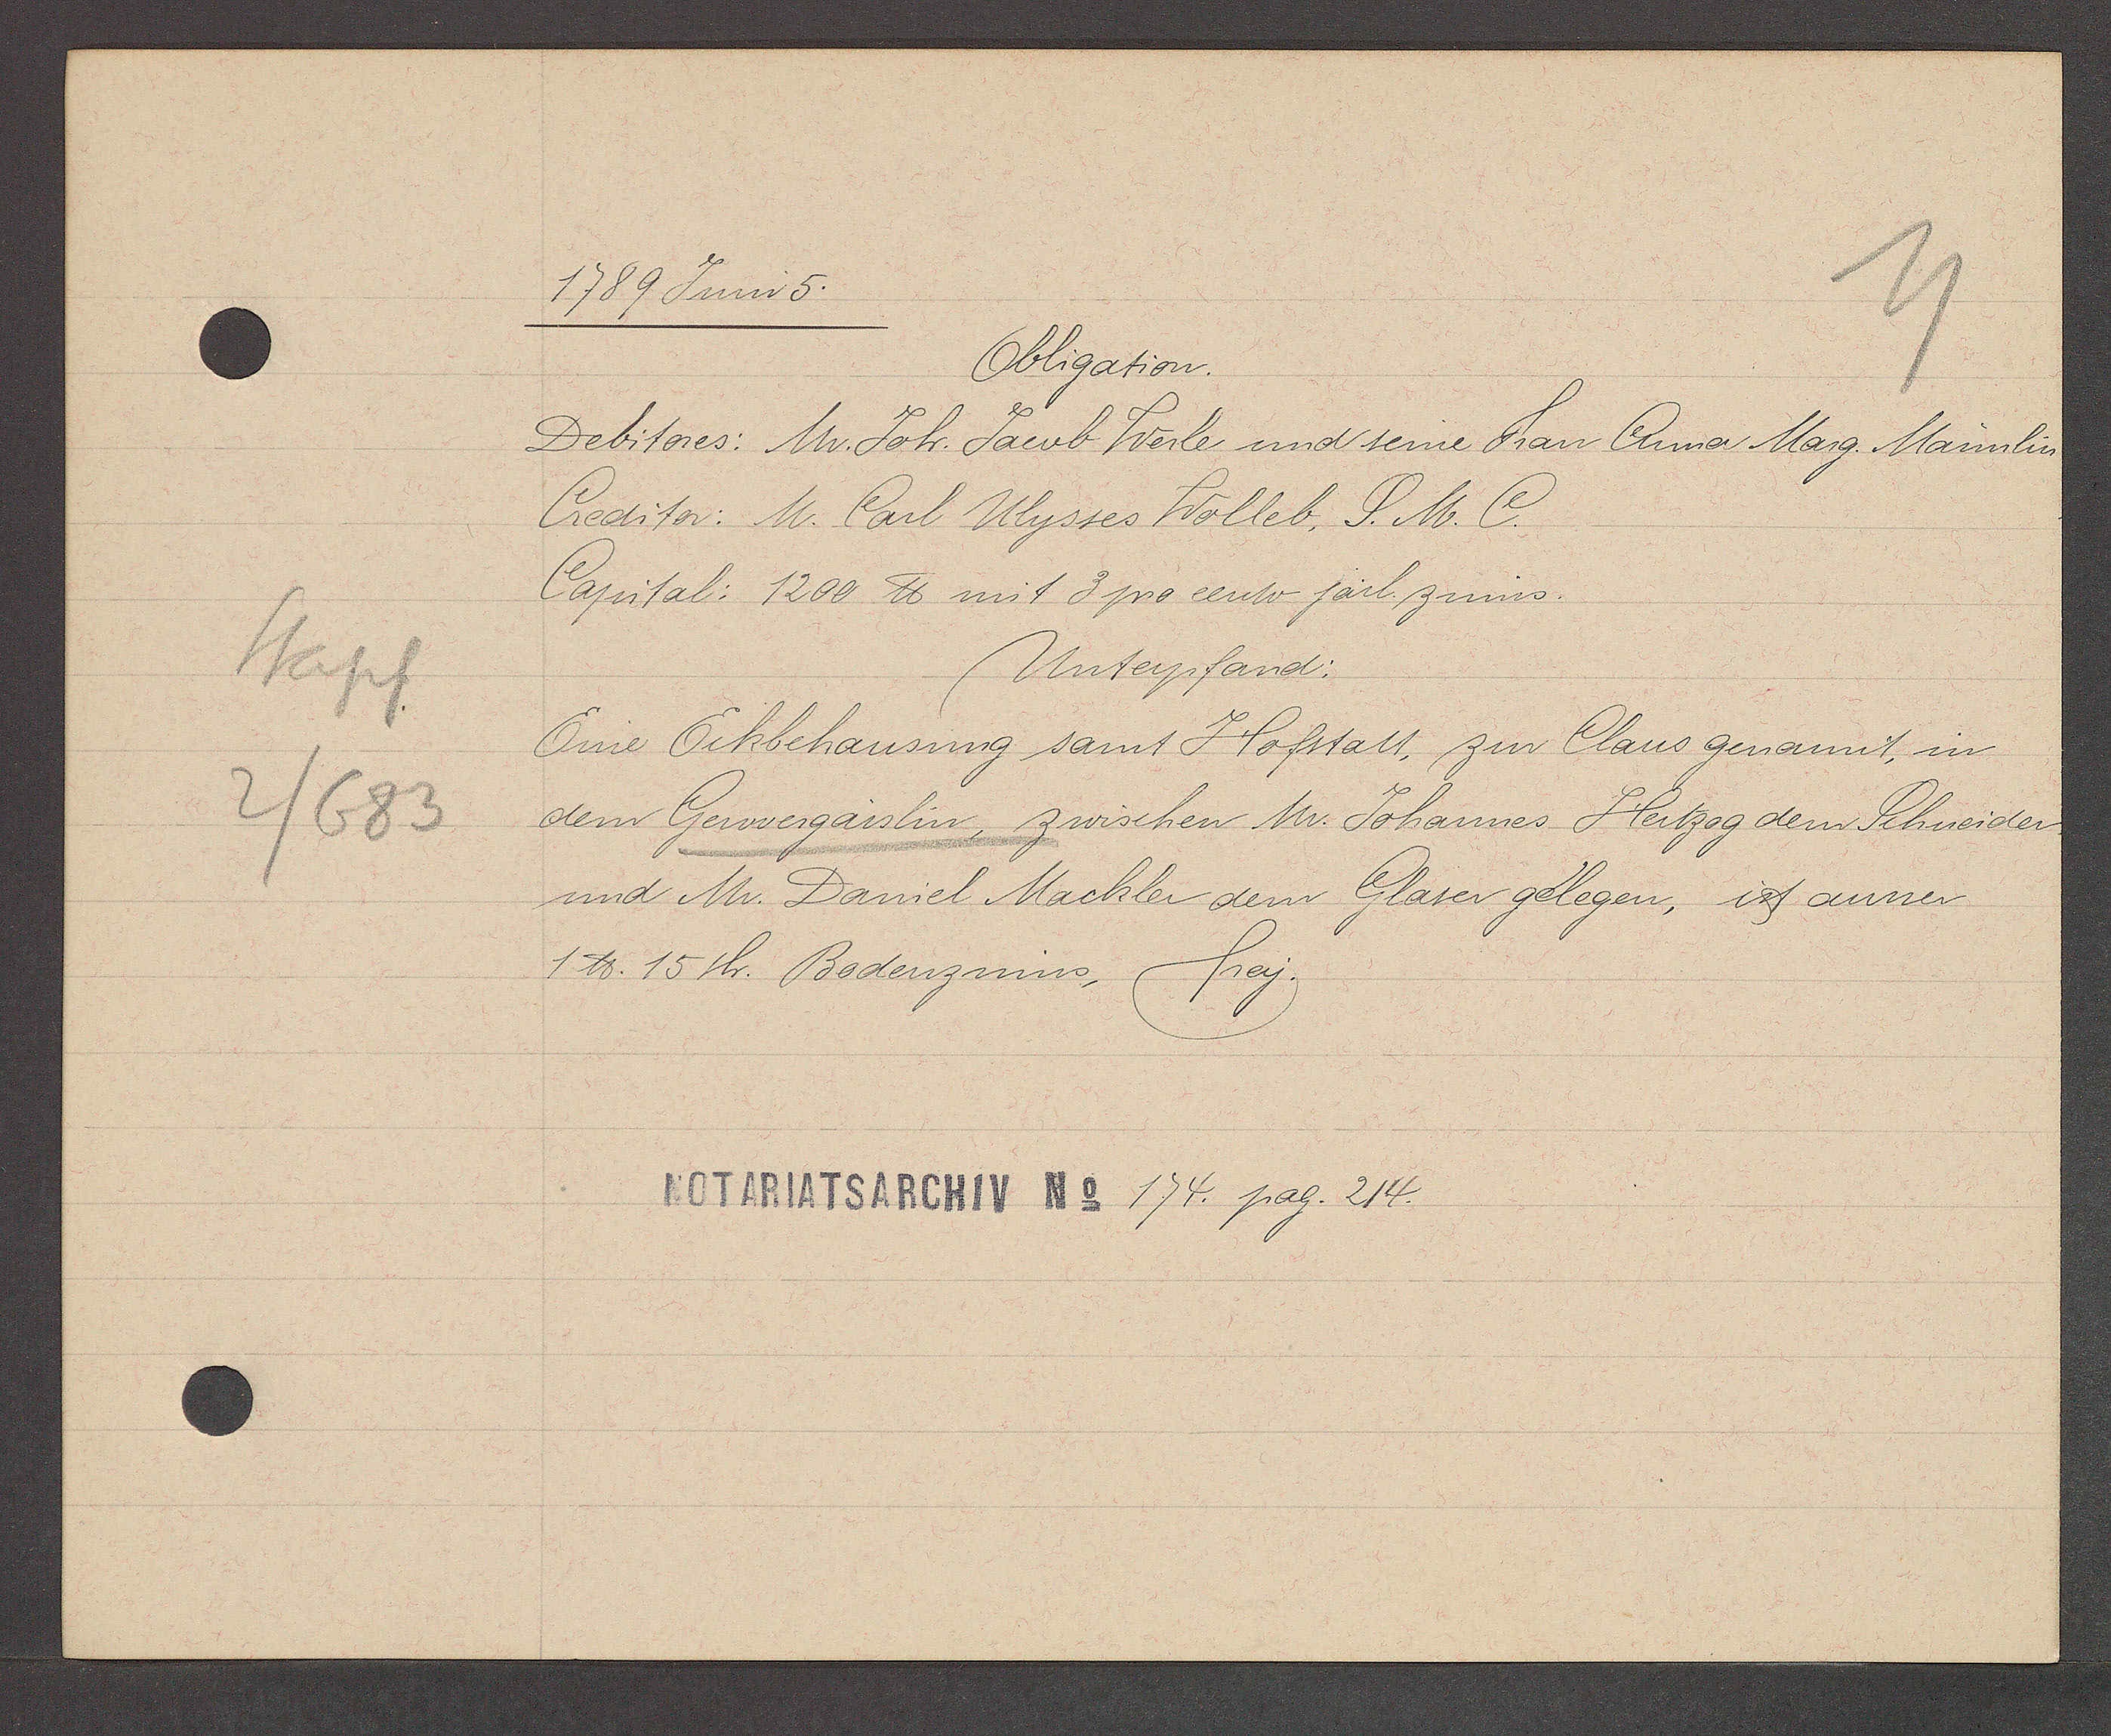
Transcript:
Stapf
2/683

1789 Juni 5.

Obligation.
Debitores: Mr. Joh. Jacob Werle und seine Frau Anna Marg. Männlin
Creditor: M. Carl Ulysses Wolleb, S. M. C.
Capital: 1200 ℔ mit 3 pro cento järl. zinns.
Unterpfand:
Eine Eckbehausung samt Hofstatt, zur Claus genannt, in
dem Gerwergasslin, zwischen Mr. Johannes Hertzog dem Schneider
und Mr. Daniel Mackler dem Glaser gelegen, ist ausser
1 ℔. 15 sh. Bodenzinns, frey.

Notariatsarchiv No 174. pag. 214.